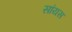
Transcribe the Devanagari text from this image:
सांयस